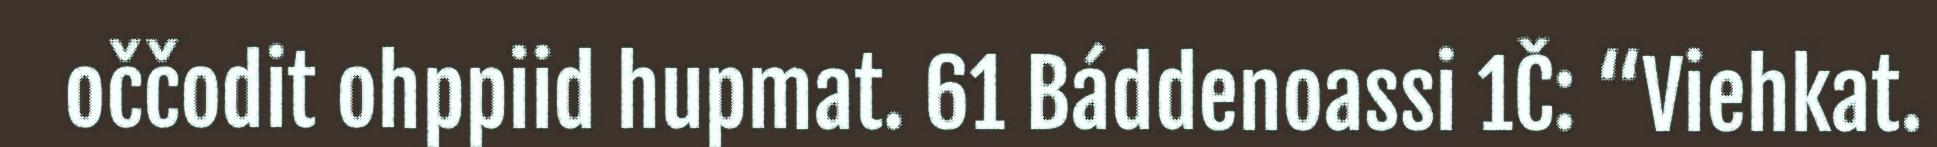
oččodit ohppiid hupmat. 61 Báddenoassi 1Č: “Viehkat.